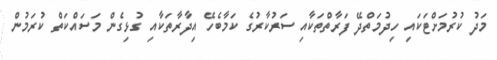
މަދު ކުރުމަށްޓަކައި ހިދުމަތްދޭ ފަރާތްތަކާއި ސަރުކާރުގެ ކަމާބެހޭ އިދާރާތަކާއި ގުޅިގެން މަސައްކަތް ކުރަމުން